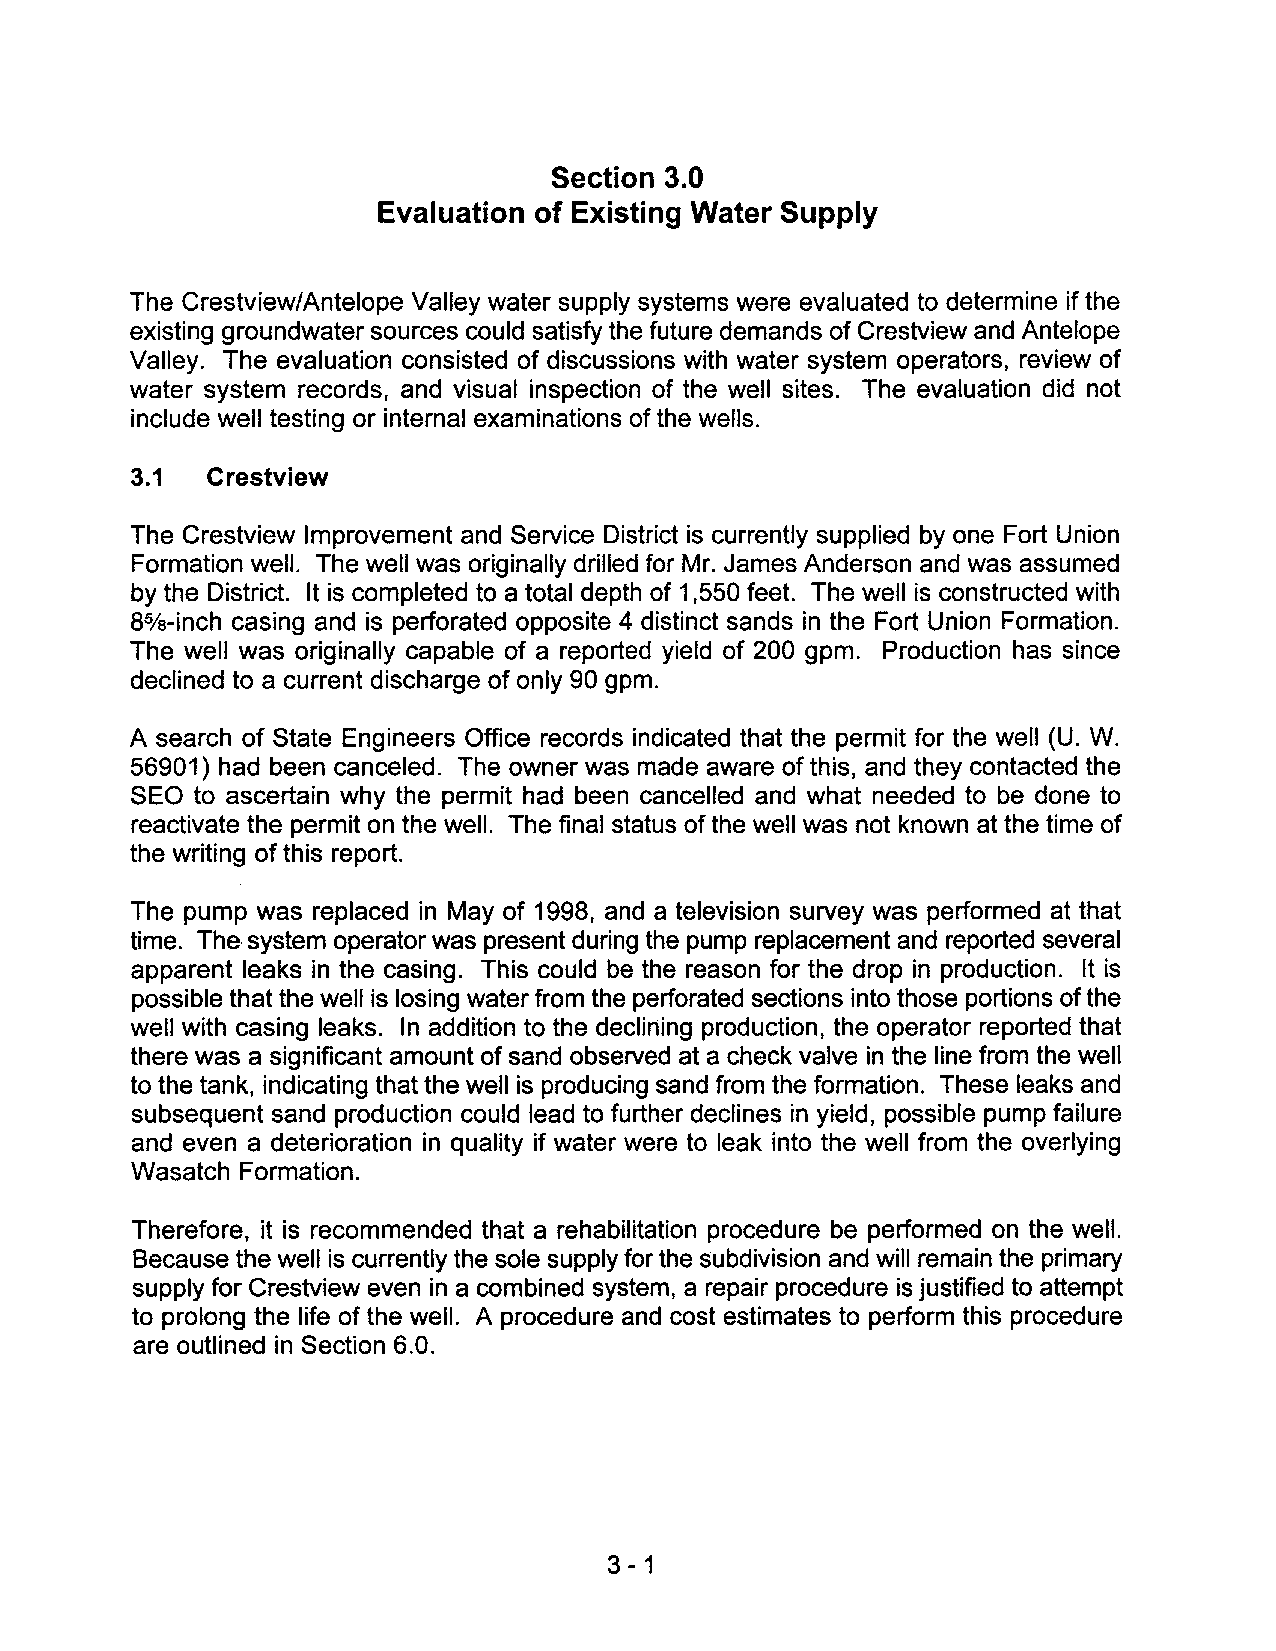
Section 3.0
 Evaluation of Existing Water Supply
 The Crestview/Antelope Valley water supply systems were evaluated to determine if the
 existing groundwater sources could satisfy the future demands of Crestview and Antelope
 Valley. The evaluation consisted of discussions with water system operators, review of
 water system records, and visual inspection of the well sites. The evaluation did not
 include well testing or internal examinations of the wells.
 3.1  Crestview
 The Crestview Improvement and Service District is currently supplied by one Fort Union
 Formation well. The well was originally drilled for Mr. James Anderson and was assumed
 by the District. It is completed to a total depth of 1,550 feet. The well is constructed with
 a
 5/a-inch casing and is perforated opposite 4 distinct sands in the Fort Union Formation.
 The well was originally capable of a reported yield of 200 gpm. Production has since
 declined to a current discharge of only 90 gpm.
 A search of State Engineers Office records indicated that the permit for the well (U. W.
 56901) had been canceled. The owner was made aware of this, and they contacted the
 SEO to ascertain why the permit had been cancelled and what needed to be done to
 reactivate the permit on the well. The final status of the well was not known at the time of
 the writing of this report.
 The pump was replaced in May of 1998, and a television survey was performed at that
 time. The· system operator was present during the pump replacement and reported several
 apparent leaks in the casing. This couJd be the reason for the drop in production. It is
 possible that the well is losing water from the perforated sections into those portions of the
 well with casing leaks. In addition to the declining production, the operator reported that
 there was a significant amount of sand observed at a check valve in the line from the well
 to the tank, indicating that the well is producing sand from the formation. These leaks and
 subsequent sand production could lead to further declines in yield, possible pump failure
 and even a deterioration in quality if water were to leak into the well from the overlying
 Wasatch Formation.
 Therefore, it is recommended that a rehabilitation procedure be performed on the well.
 Because the well is currently the sole supply for the subdivision and will remain the primary
 supply for Crestview even in a combined system, a repair procedure is justified to attempt
 to prolong the life of the well. A procedure and cost estimates to perform this procedure
 are outlined in Section 6.0.
 3 - 1